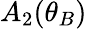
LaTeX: A_{2}(\theta_{B})